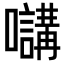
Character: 𡄧